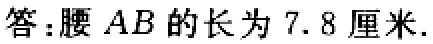
答：腰 \(AB\) 的长为 \(7.8\) 厘米.